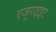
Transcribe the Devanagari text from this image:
एजूराइइट